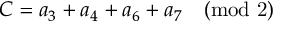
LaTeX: C = a _ { 3 } + a _ { 4 } + a _ { 6 } + a _ { 7 } \quad \mathrm { ( m o d \ 2 ) }